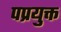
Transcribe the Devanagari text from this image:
पप्रयुक्त